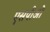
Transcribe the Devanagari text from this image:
एसपीओ